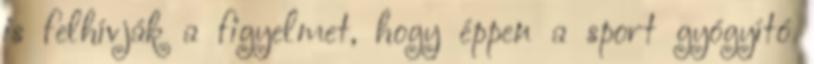
is felhívják a figyelmet, hogy éppen a sport gyógyító